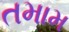
તમામ